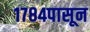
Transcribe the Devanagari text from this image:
१७८४पासून